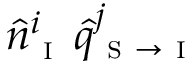
\hat { n } _ { \textsc { i } } ^ { i } \, \hat { q } _ { \textsc { s } \to \textsc { i } } ^ { j }